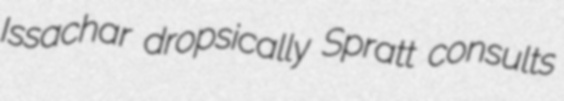
Issachar dropsically Spratt consults